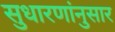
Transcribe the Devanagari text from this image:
सुधारणांनुसार